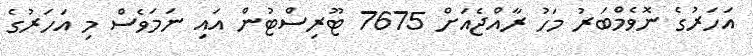
އަހަރުގެ ނޮވެމްބަރު މަހު ރާއްޖެއަށް 7675 ޓޫރިސްޓުން އައި ނަމަވެސް މި އަހަރުގެ